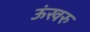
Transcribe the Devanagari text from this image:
ऊंखरु